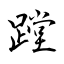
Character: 蹚